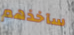
سآخذهم